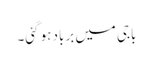
باجی میں برباد ہو گئی۔